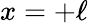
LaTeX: x=+\ell